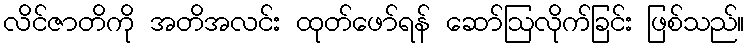
လိင်ဇာတိကို အတိအလင်း ထုတ်ဖော်ရန် ဆော်ဩလိုက်ခြင်း ဖြစ်သည်။